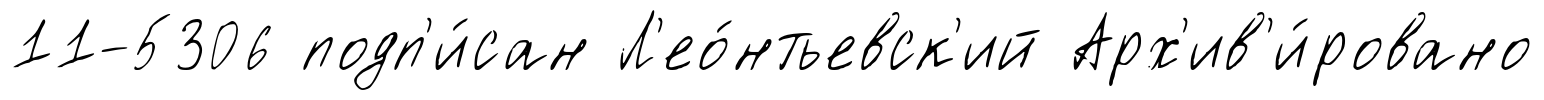
11-5306 подп'и́сан Л'ео́нтьевск'ий Арх'ив'и́ровано